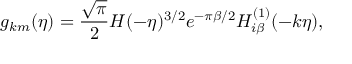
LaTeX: g _ { k m } ( \eta ) = \frac { \sqrt { \pi } } { 2 } H ( - \eta ) ^ { 3 / 2 } e ^ { - \pi \beta / 2 } H _ { i \beta } ^ { ( 1 ) } ( - k \eta ) ,